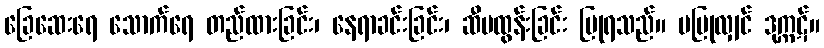
ခြေဆေးရေ သောက်ရေ တည်ထားခြင်း၊ နေရာခင်းခြင်း၊ ဆီမထွန်းခြင်း ပြုရသည်။ မပြုလျှင် ဒုက္ကဋ်။